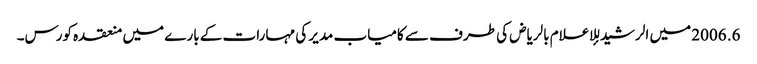
6. 2006 میں الرشید للإعلام بالریاض کی طرف سے کامیاب مدیر کی مہارات کے بارے میں منعقدہ کورس۔